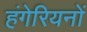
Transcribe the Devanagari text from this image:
हंगेरियनों